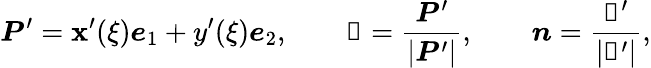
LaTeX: \boldsymbol{P}^{\prime}=\mathbf{x}^{\prime}(\xi)\boldsymbol{e}_{1}+y^{\prime}(\xi)\boldsymbol{e}_{2},\qquad\boldsymbol{\mathscr{T}}=\frac{{\boldsymbol{P}^{\prime}}}{{|\boldsymbol{P}^{\prime}|}},\qquad\boldsymbol{n}=\frac{{\boldsymbol{\mathscr{T}}^{\prime}}}{{|\boldsymbol{\mathscr{T}}^{\prime}|}},